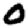
Digit: 0